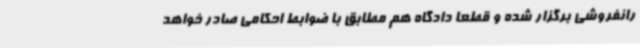
رانفروشی برگزار شده و قطعا دادگاه هم مطابق با ضوابط احکامی صادر خواهد